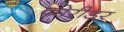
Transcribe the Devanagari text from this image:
कोरीडर